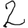
Digit: 2